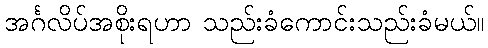
အင်္ဂလိပ်အစိုးရဟာ သည်းခံကောင်းသည်းခံမယ်။